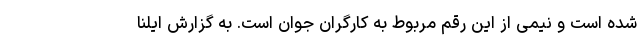
شده است و نیمی از این رقم مربوط به کارگران جوان است. به گزارش ایلنا